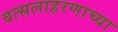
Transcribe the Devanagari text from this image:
वत्सलाहरणाच्या